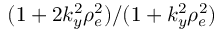
( 1 + 2 k _ { y } ^ { 2 } \rho _ { e } ^ { 2 } ) / ( 1 + k _ { y } ^ { 2 } \rho _ { e } ^ { 2 } )